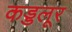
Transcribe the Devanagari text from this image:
कड्डलूर